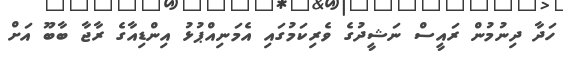
ހަދާ ދިނުމުން ރައީސް ނަޝީދުގެ ވެރިކަމުގައި އެމަނިއްޕުޅު އިންޑިއާގެ ރާޖާ ބާބޫ އަށް